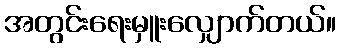
အတွင်းရေးမှူးလျှောက်တယ်။